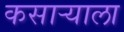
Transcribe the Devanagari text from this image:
कसाऱ्याला